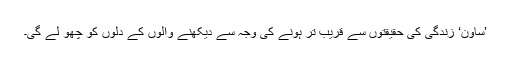
’ساون‘ زندگی کی حقیقتوں سے قریب تر ہونے کی وجہ سے دیکھنے والوں کے دلوں کو چھو لے گی۔